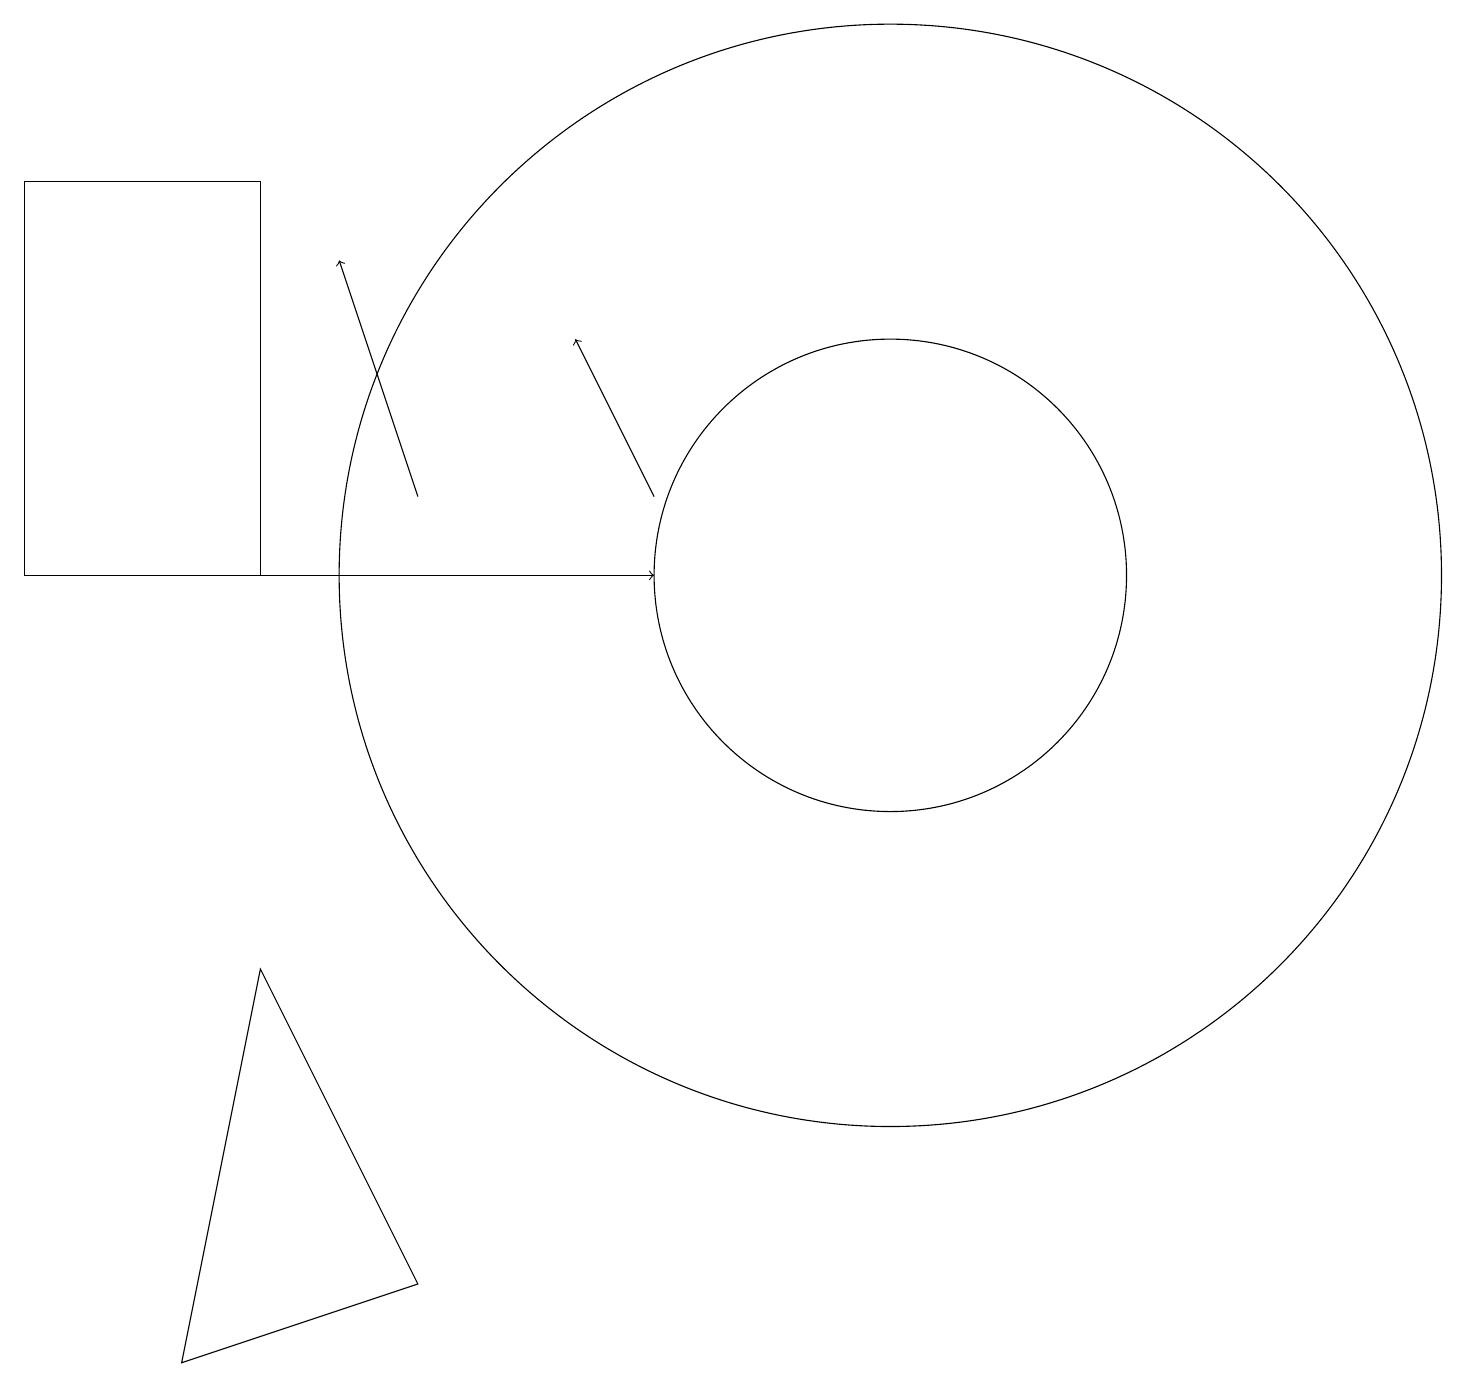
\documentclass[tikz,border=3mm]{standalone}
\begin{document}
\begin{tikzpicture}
\draw[->] (8,12) -- (7,14);
\draw[->] (0,11) -- (8,11);
\draw (11,11) circle (7);
\draw (3,16) rectangle (0,11);
\draw (11,11) circle (3);
\draw[->] (5,12) -- (4,15);
\draw (5,2) -- (3,6) -- (2,1) -- cycle;
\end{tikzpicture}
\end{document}